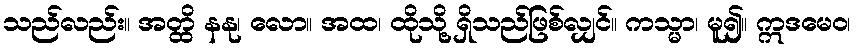
သည်လည်း။ အတ္ထိ နနု၊ လော။ အထ၊ ထိုသို့ ရှိသည်ဖြစ်လျှင်။ ကသ္မာ၊ မူ၍။ ဣဒမေဝ၊